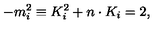
- m _ { i } ^ { 2 } \equiv K _ { i } ^ { 2 } + n \cdot K _ { i } = 2 ,